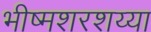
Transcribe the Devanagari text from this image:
भीष्मशरशय्या